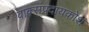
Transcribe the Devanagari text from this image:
वाक्संप्रदायकोश